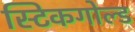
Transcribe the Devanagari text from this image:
स्टिकगोल्ड